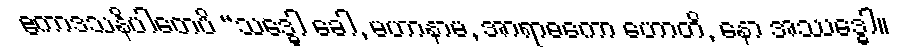
ဧကာဒသနိပါတေပိ “သဒ္ဓေါ ခေါ, မဟာနာမ, အာရာဓကော ဟောတိ, နော အဿဒ္ဓေါ။